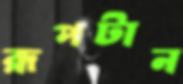
রূপটান